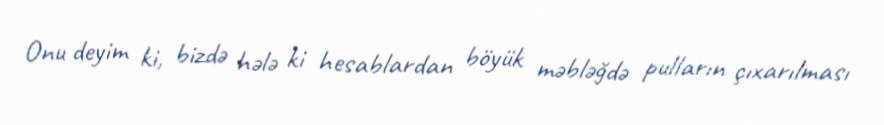
Onu deyim ki, bizdə hələ ki hesablardan böyük məbləğdə pulların çıxarılması